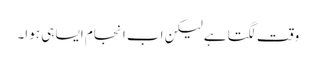
وقت لگتا ہے لیکن اب انجام ایسا ہی ہوا۔